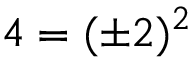
4 = ( \pm 2 ) ^ { 2 }